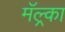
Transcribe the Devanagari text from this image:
मॅल्र्का